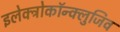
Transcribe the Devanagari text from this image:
इलेक्ट्रोकॉन्क्लुजिव